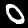
Digit: 0